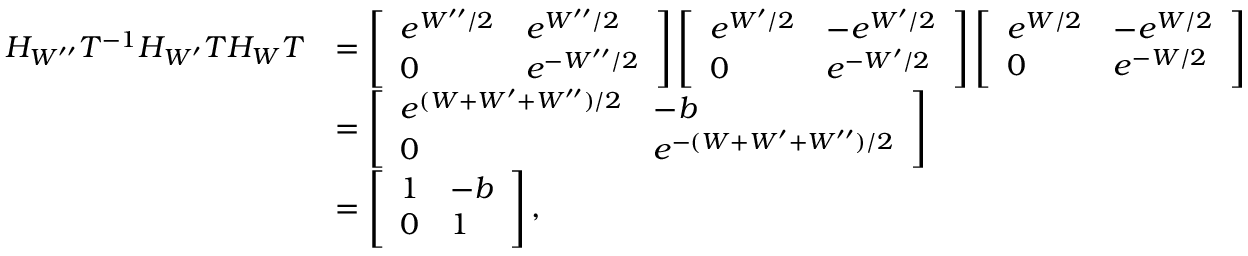
\begin{array} { r l } { H _ { W ^ { \prime \prime } } T ^ { - 1 } H _ { W ^ { \prime } } T H _ { W } T } & { = \left[ \begin{array} { l l } { e ^ { W ^ { \prime \prime } / 2 } } & { e ^ { W ^ { \prime \prime } / 2 } } \\ { 0 } & { e ^ { - W ^ { \prime \prime } / 2 } } \end{array} \right] \left[ \begin{array} { l l } { e ^ { W ^ { \prime } / 2 } } & { - e ^ { W ^ { \prime } / 2 } } \\ { 0 } & { e ^ { - W ^ { \prime } / 2 } } \end{array} \right] \left[ \begin{array} { l l } { e ^ { W / 2 } } & { - e ^ { W / 2 } } \\ { 0 } & { e ^ { - W / 2 } } \end{array} \right] } \\ & { = \left[ \begin{array} { l l } { e ^ { ( W + W ^ { \prime } + W ^ { \prime \prime } ) / 2 } } & { - b } \\ { 0 } & { e ^ { - ( W + W ^ { \prime } + W ^ { \prime \prime } ) / 2 } } \end{array} \right] } \\ & { = \left[ \begin{array} { l l } { 1 } & { - b } \\ { 0 } & { 1 } \end{array} \right] , } \end{array}